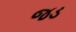
જડ